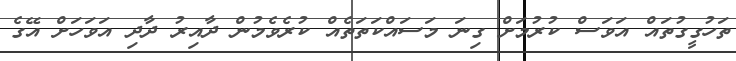
ތަހުގީގުތައް އަވަސް ކުރުމަށް ގިނަ މަސައްކަތަތެއް ކުރެވެމުން ދާއިރު ދާދި އަވަހަށް އޭގެ